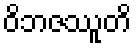
ဝိဘဇဿူတိ